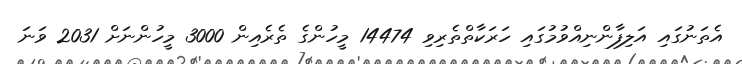
އެތަނުގައި އަލިފާންނިއްވުމުގައި ހަރަކާތްތެރިވި 14474 މީހުންގެ ތެރެއިން 3000 މީހުންނަށް 2031 ވަނަ